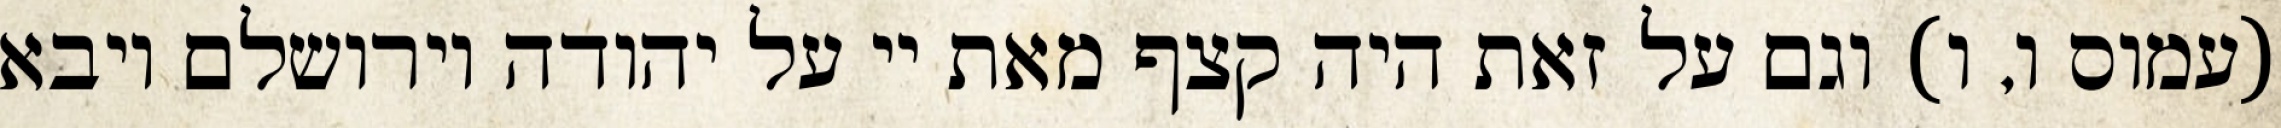
(עמוס ו, ו) וגם על זאת היה קצף מאת יי על יהודה וירושלם ויבא